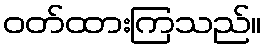
ဝတ်ထားကြသည်။